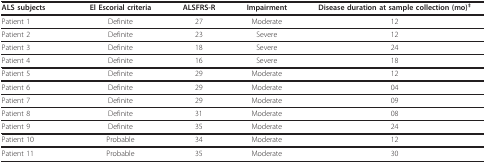
<table><thead><tr><td><b>ALS subjects</b></td><td><b>El Escorial criteria</b></td><td><b>ALSFRS-R</b></td><td><b>Impairment</b></td><td><b>Disease duration at sample collection (mo)<sup>‡</sup></b></td></tr></thead><tbody><tr><td>Patient 1</td><td>Definite</td><td>27</td><td>Moderate</td><td>12</td></tr><tr><td>Patient 2</td><td>Definite</td><td>23</td><td>Severe</td><td>12</td></tr><tr><td>Patient 3</td><td>Definite</td><td>18</td><td>Severe</td><td>24</td></tr><tr><td>Patient 4</td><td>Definite</td><td>16</td><td>Severe</td><td>18</td></tr><tr><td>Patient 5</td><td>Definite</td><td>29</td><td>Moderate</td><td>12</td></tr><tr><td>Patient 6</td><td>Definite</td><td>29</td><td>Moderate</td><td>04</td></tr><tr><td>Patient 7</td><td>Definite</td><td>29</td><td>Moderate</td><td>09</td></tr><tr><td>Patient 8</td><td>Definite</td><td>31</td><td>Moderate</td><td>08</td></tr><tr><td>Patient 9</td><td>Definite</td><td>35</td><td>Moderate</td><td>24</td></tr><tr><td>Patient 10</td><td>Probable</td><td>34</td><td>Moderate</td><td>12</td></tr><tr><td>Patient 11</td><td>Probable</td><td>35</td><td>Moderate</td><td>30</td></tr></tbody></table>